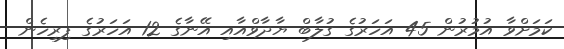
ކަމަށްވާ އުމުރުން 45 އަހަރުގެ ގުލާބް ޔާދާވްއާއި އޭނާގެ 12 އަހަރުގެ ފިރިހެން